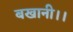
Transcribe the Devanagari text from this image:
बखानी।।